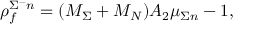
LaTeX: \rho _ { f } ^ { \Sigma ^ { - } n } = ( M _ { \Sigma } + M _ { N } ) A _ { 2 } \mu _ { \Sigma n } - 1 ,